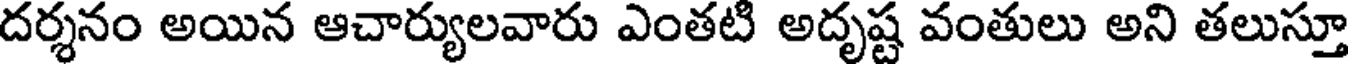
దర్శనం అయిన ఆచార్యులవారు ఎంతటి అదృష్ట వంతులు అని తలుస్తూ